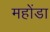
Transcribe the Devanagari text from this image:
महोंडा